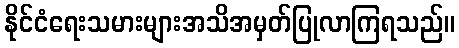
နိုင်ငံရေးသမားများအသိအမှတ်ပြုလာကြရသည်။